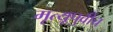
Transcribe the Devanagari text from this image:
मृत्यूपुर्वीच